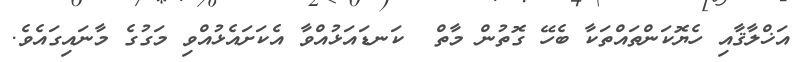
އަޚްލާޤާއި ހެޔޮކަންތައްތަކާ ބެހޭ ގޮތުން މާތް  ކަނޑައަޅުއްވާ އެކަށައެޅުއްވި މަގުގެ މާނައިގައެވެ.